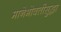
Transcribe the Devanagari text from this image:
मानेभोवतीसुद्धा